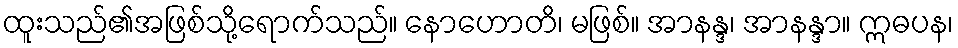
ထူးသည်၏အဖြစ်သို့ရောက်သည်။ နောဟောတိ၊ မဖြစ်။ အာနန္ဒ၊ အာနန္ဒာ။ ဣဓပန၊